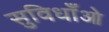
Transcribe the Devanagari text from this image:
सुविधाँओ